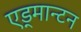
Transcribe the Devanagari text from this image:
एड्मान्टन